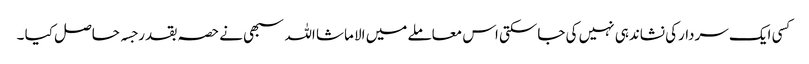
کسی ایک سردارکی نشاندہی نہیں کی جاسکتی اس معاملے میں الا ماشا اللہ سبھی نے حصہ بقدر جسہ حاصل کیا ۔